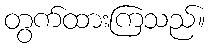
တွက်ထားကြသည်။